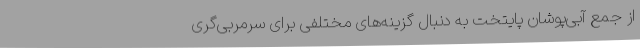
از جمع آبی‌پوشان پایتخت به دنبال گزینه‌های مختلفی برای سرمربی‌گری